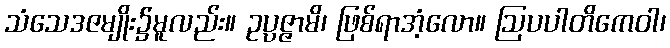
သံသေဒဇမျိုး၌မူလည်း။ ဥပ္ပဇ္ဇာမိ၊ ဖြစ်ရာအံ့လော။ ဩပပါတိကေဝါ၊